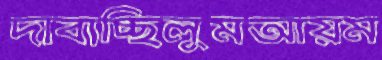
দাবাচ্ছিলুমআয়ম